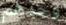
وحدهم